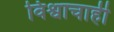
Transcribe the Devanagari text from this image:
विश्वाचाही